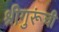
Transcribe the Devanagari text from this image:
श्रीगुरूंची